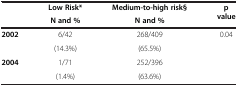
|  | Low Risk* | Medium-to-high risk§ | p value |
 |  | N and % | N and % |  |
 | --- | --- | --- | --- |
 | <ROWSPAN=2> 2002 | 6/42 | 268/409 | <ROWSPAN=3> 0.04 |
 | (14.3%) | (65.5%) |
 | 2004 | 1/71 | 252/396 |
 |  | (1.4%) | (63.6%) |  |